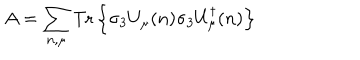
A = \sum _ { n , \mu } \mathrm { T r } \left\{ \sigma _ { 3 } U _ { \mu } ( n ) \sigma _ { 3 } U _ { \mu } ^ { \dagger } ( n ) \right\}